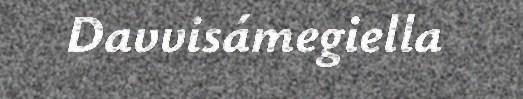
Davvisámegiella